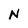
Character: N